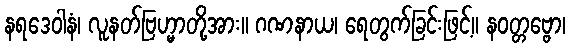
နရဒေဝါနံ၊ လူနတ်ဗြဟ္မာတို့အား။ ဂဏနာယ၊ ရေတွက်ခြင်းဖြင့်။ နဝတ္တဗ္ဗော၊